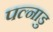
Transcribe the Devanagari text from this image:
पल्नाडु